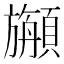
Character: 𩕇